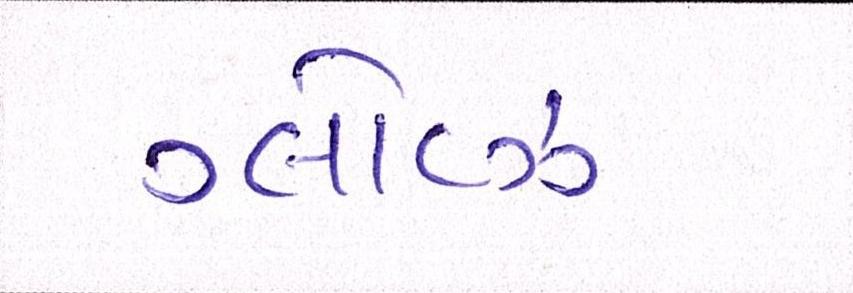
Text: ગ્લૉવ્ઝ